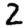
Digit: 2